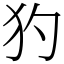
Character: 犳